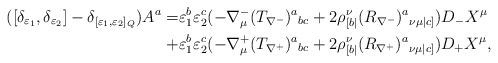
LaTeX: \begin{align*}([\delta_{\varepsilon_1},\delta_{\varepsilon_2}]-\delta_{[\varepsilon_1,\varepsilon_2]_Q})A^a=&\varepsilon^b_1\varepsilon^c_2(-\nabla^-_\mu (T_{\nabla^-})^a{}_{bc}+2\rho^\nu_{[b|}(R_{\nabla^-})^a{}_{\nu \mu| c]})D_-X^\mu\\+&\varepsilon^b_1\varepsilon^c_2(-\nabla^+_\mu (T_{\nabla^+})^a{}_{bc}+2\rho^\nu_{[b|}(R_{\nabla^+})^a{}_{\nu \mu |c]})D_+X^\mu,\end{align*}